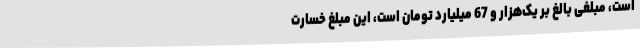
است، مبلغی بالغ بر یک‌هزار و 67 میلیارد تومان است، این مبلغ خسارت